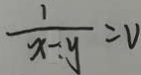
\frac { 1 } { x - y } = V